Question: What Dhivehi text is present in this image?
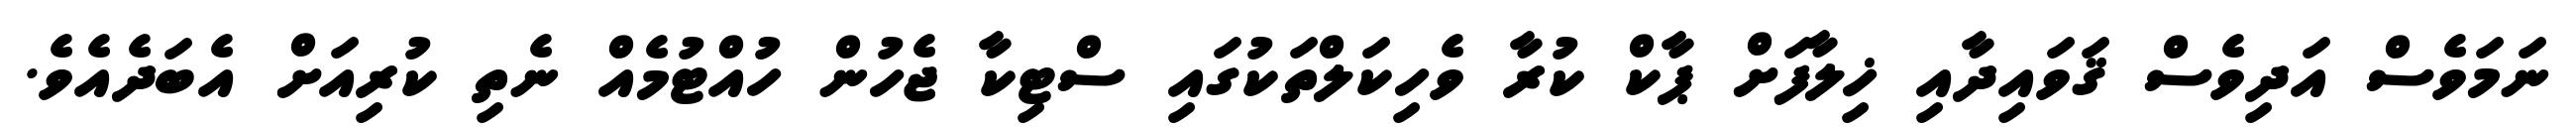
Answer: ނަމަވެސް އަދިވެސް ޤަވައިދާއި ޚިލާފަށް ޕާކް ކުރާ ވެހިކަލްތަކުގައި ސްޓިކާ ޖެހުން ހުއްޓުމެއް ނެތި ކުރިއަށް އެބަދެއެވެ.